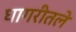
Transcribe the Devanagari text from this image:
घागरीतले